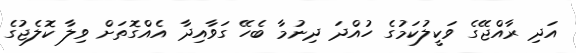
އަދި ރާއްޖޭގެ ވަކީލުކަމުގެ ހުއްދަ ދިނުމާ ބެހޭ ގަވާއިދާ އެއްގޮތަށް ވިލާ ކޮލެޖުގެ